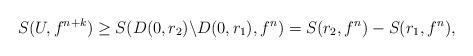
LaTeX: \begin{align*}S(U,f^{n+k})\geq S(D(0,r_2)\backslash D(0,r_1) ,f^n)= S(r_2,f^n)- S(r_1,f^n),\end{align*}